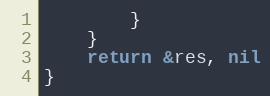
Language: Go
		}
	}
	return &res, nil
}